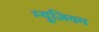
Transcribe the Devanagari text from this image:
म्‍यूज़ियम